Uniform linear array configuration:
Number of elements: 64
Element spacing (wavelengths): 0.5
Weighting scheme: kaiser
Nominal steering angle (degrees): -15
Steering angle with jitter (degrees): -16.835
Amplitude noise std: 0.05
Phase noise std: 0.05

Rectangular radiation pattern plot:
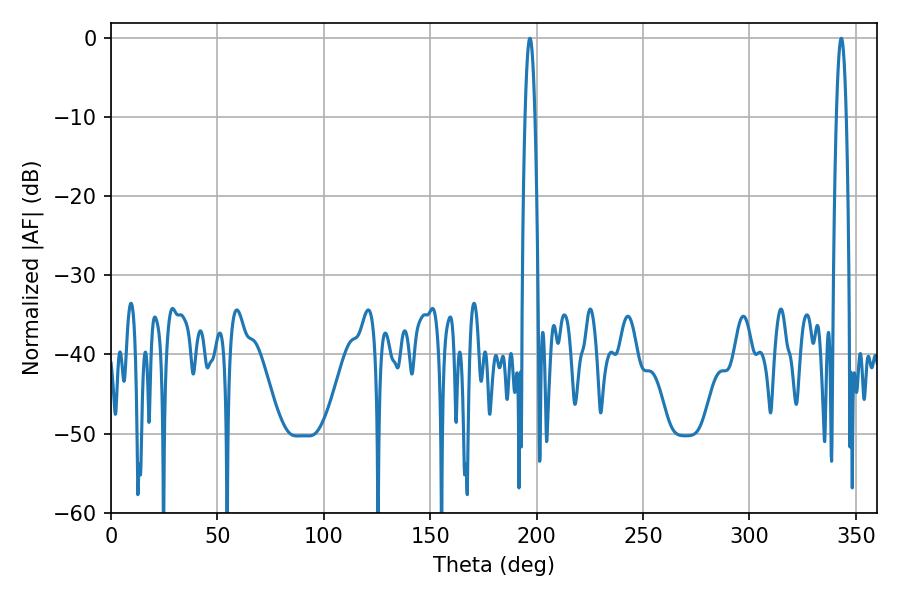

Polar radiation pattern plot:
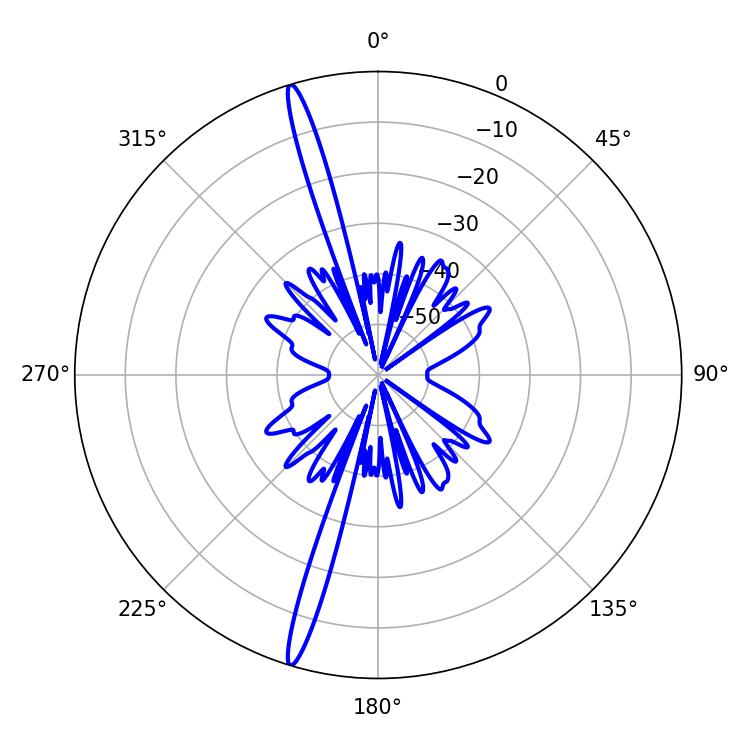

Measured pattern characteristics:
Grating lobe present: FALSE
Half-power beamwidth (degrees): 2.34
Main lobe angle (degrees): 343.08